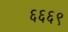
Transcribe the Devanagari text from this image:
६६६९